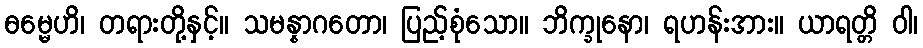
ဓမ္မေဟိ၊ တရားတို့နှင့်။ သမန္နာဂတော၊ ပြည့်စုံသော။ ဘိက္ခုနော၊ ရဟန်းအား။ ယာရတ္တိ ဝါ၊